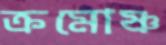
ক্রমোষ্ণ